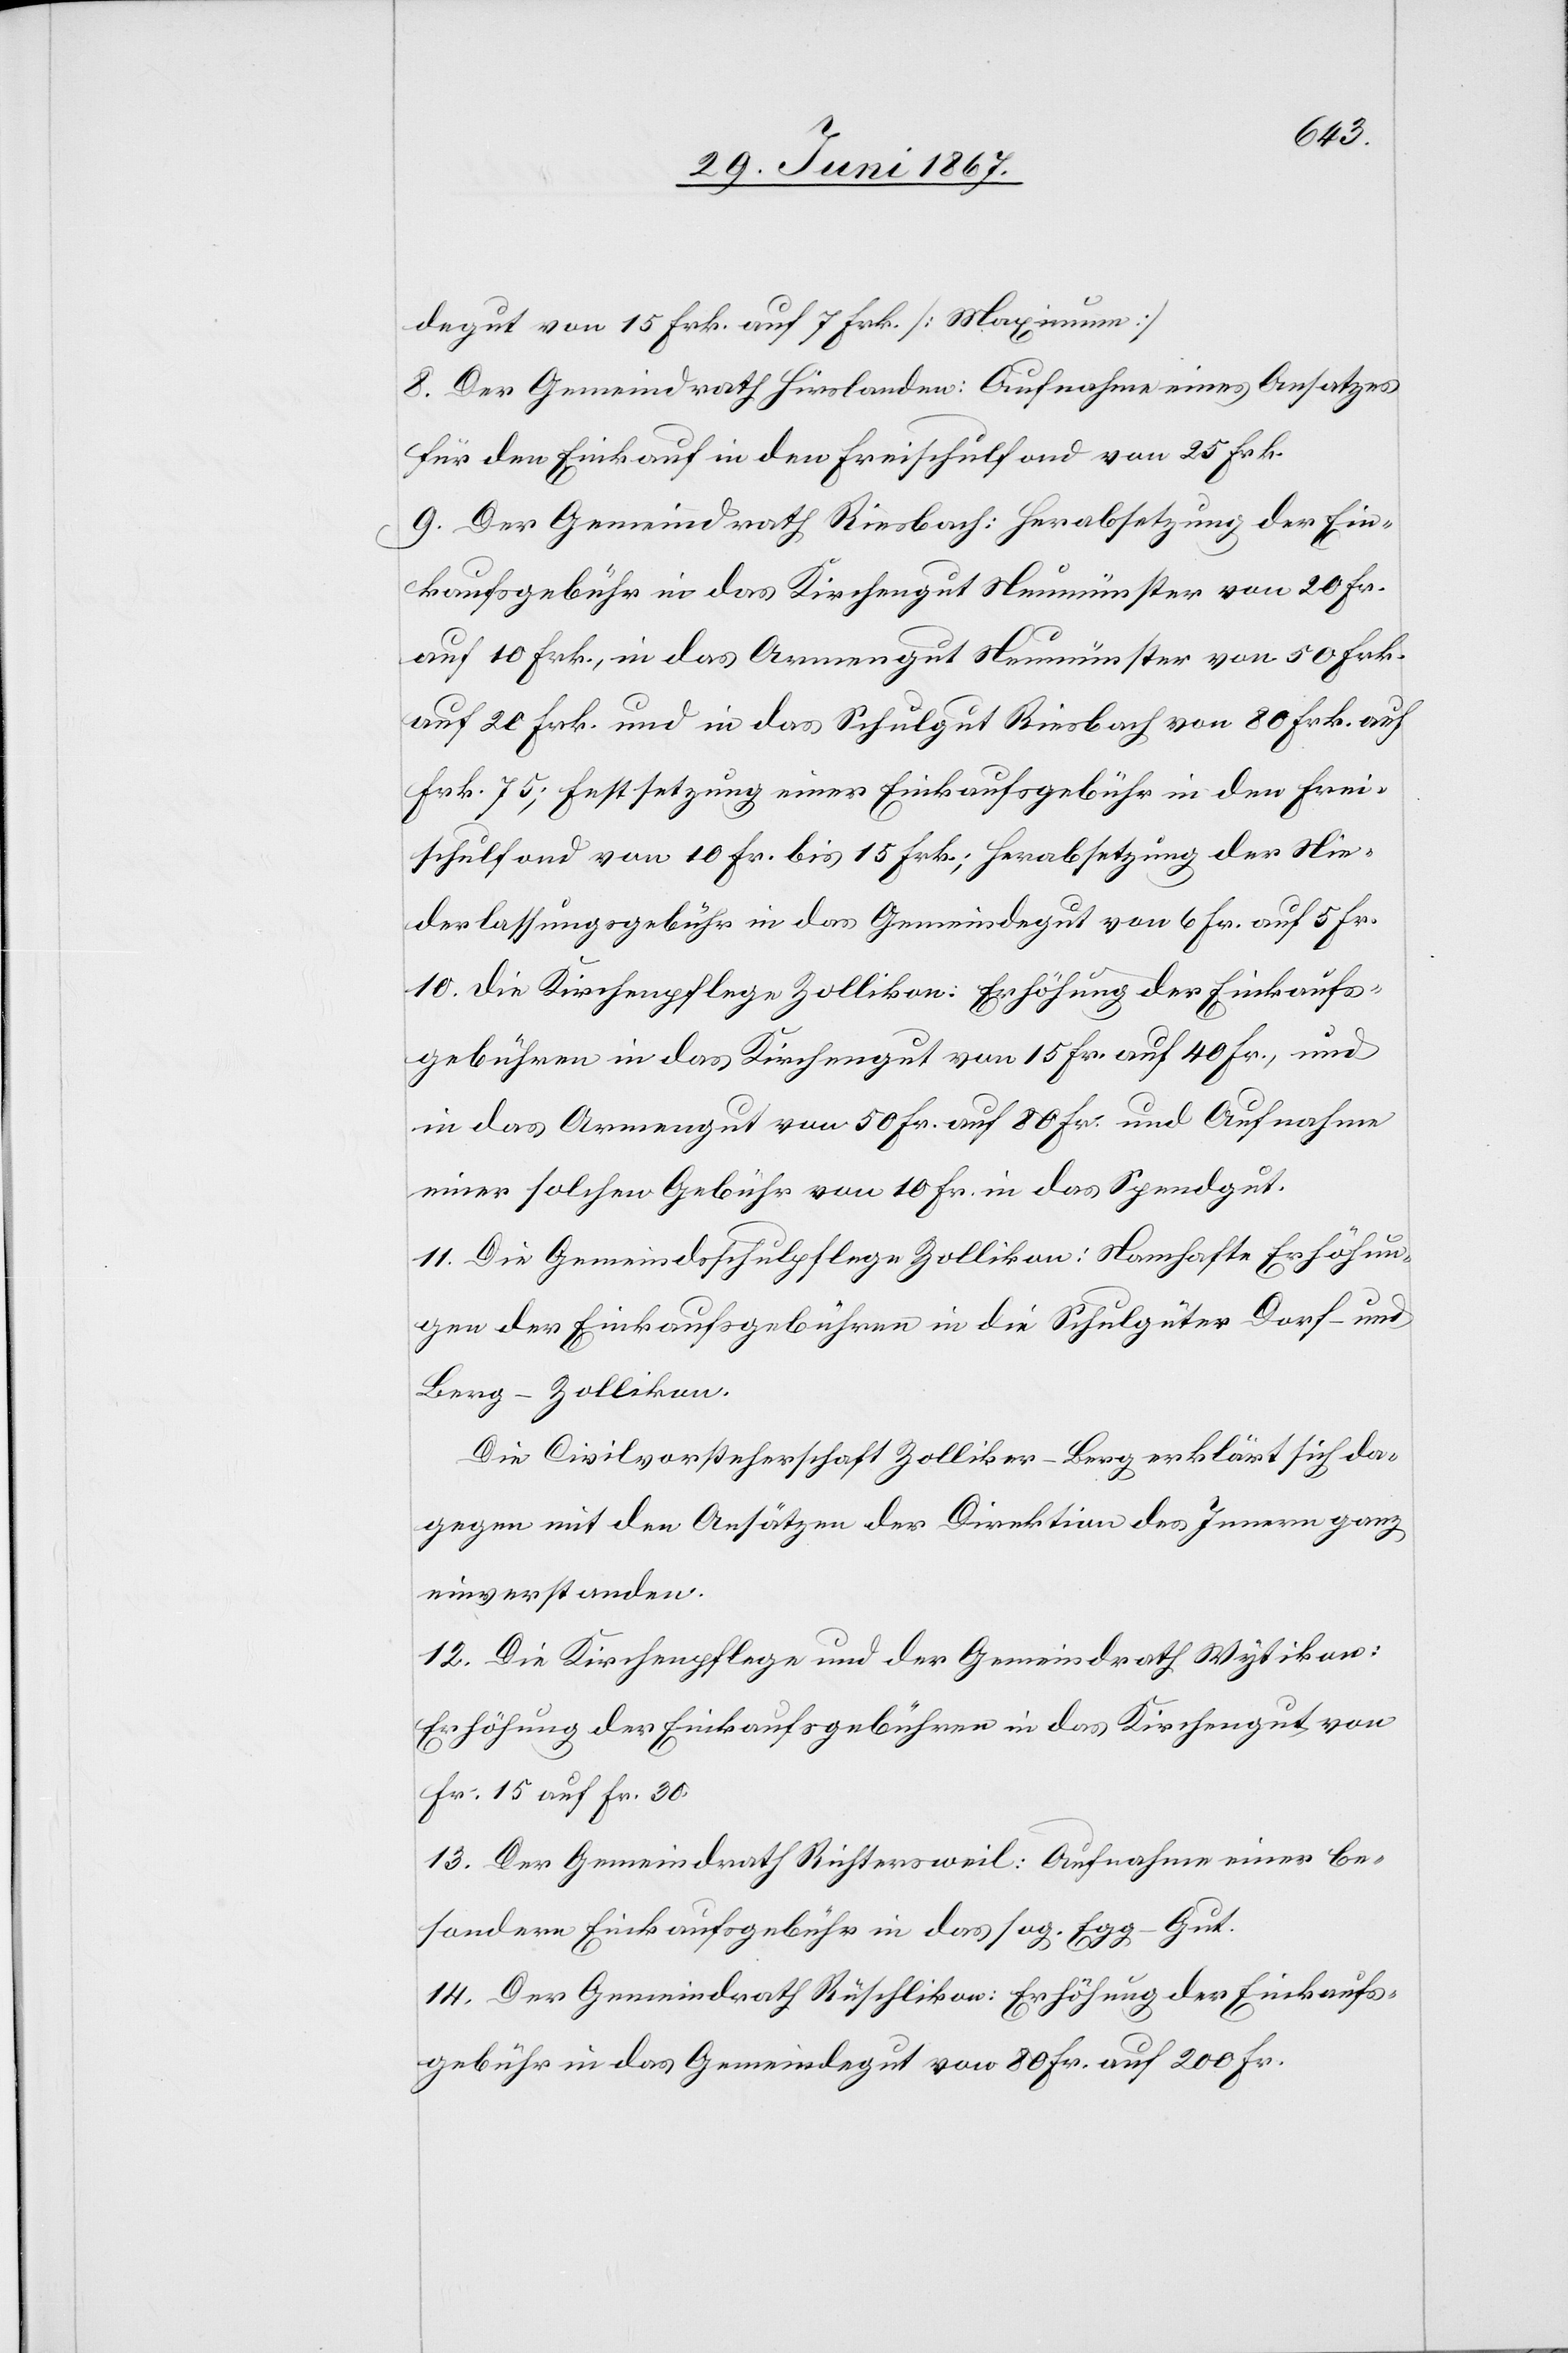
degut von 15 Frk. auf 7 Frk. [Maximum]
8. Der Gemeindrath Hirslanden: Aufnahme eines Ansatzes
für den Einkauf in den Freischulfond von 25 Frk.
9. Der Gemeindrath Riesbach: Herabsetzung der Ein¬
kaufsgebühr in das Kirchengut Neumünster von 20 Fr.
auf 10 Frk., in das Armengut Neumünster von 50 Frk.
auf 20 Frk. und in das Schulgut Riesbach von 80 Frk. auf
Frk. 75; Festsetzung einer Einkaufsgebühr in den Frei¬
schulfond von 10 Fr. bis 15 Frk.; Herabsetzung der Nie¬
derlassungsgebühr in das Gemeindegut von 6 Fr. auf 5 Fr.
10. die Kirchenpflege Zollikon: Erhöhung der Einkaufs¬
gebühren in das Kirchengut von 15 Fr. auf 40 Fr., und
in das Armengut von 50 Fr. auf 80 Fr. und Aufnahme
einer solchen Gebühr von 10 Fr. in das Spendgut.
11. Die Gemeindsschulpflege Zollikon: Namhafte Erhöhun¬
g der Einkaufsgebühren in die Schulgüter Dorf- und
Berg-Zollikon.
Die Civilvorsteherschaft Zolliker-Berg erklärt sich da¬
gegen mit den Ansätzen der Direktion des Innern ganz
einverstanden.
12. Die Kirchenpflege und der Gemeindrath Wytikon:
Erhöhung der Einkaufsgebühren in das Kirchengut von
Fr. 15 auf Fr. 30.
13. Der Gemeindrath Richtersweil: Aufnahme einer be¬
sondern Einkaufsgebühr in das sog. Egg-Gut.
14. Der Gemeindrath Rüschlikon: Erhöhung der Einkaufs¬
gebühr in das Gemeindegut von 80 Fr. auf 200 Fr.